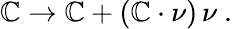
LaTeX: \mathbb{C}\to\mathbb{C}+(\mathbb{C}\cdot\nu)\, \nu\ .